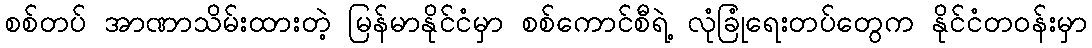
စစ်တပ် အာဏာသိမ်းထားတဲ့ မြန်မာနိုင်ငံမှာ စစ်ကောင်စီရဲ့ လုံခြုံရေးတပ်တွေက နိုင်ငံတဝန်းမှာ